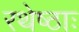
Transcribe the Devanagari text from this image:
रथेष्ठाः